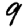
Digit: 9